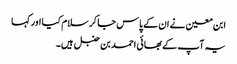
ابن معین نے ان کے پاس جا کر سلام کیا اور کہا
یہ آپ کے بھائی احمد بن حنبل ہیں۔